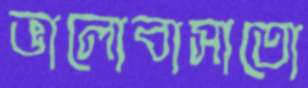
ভালোবাসাতো